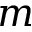
m